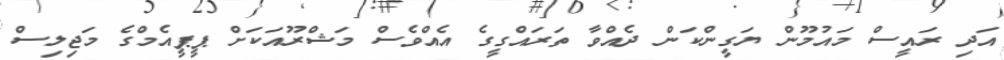
އަދި ރައީސް މައުމޫން ޔަގީންކަން ދެއްވާ ތަރައްގީގެ އެއްވެސް މަޝްރޫއަކަށް ޕީޕީއެމްގެ މަޖިލިސް